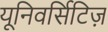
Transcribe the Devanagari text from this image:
यूनिवर्सिटिज़